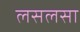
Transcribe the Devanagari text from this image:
लसलसा